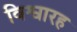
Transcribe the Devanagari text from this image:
विश्वारह